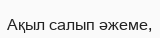
Ақыл салып әжеме,